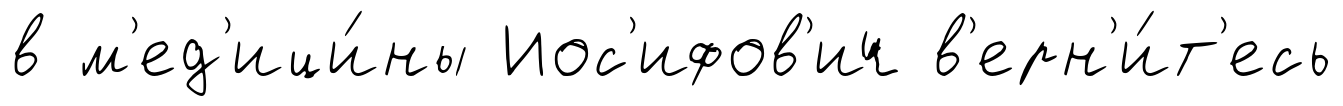
в м'ед'ици́ны Иос'ифов'ич в'ерн'и́т'есь